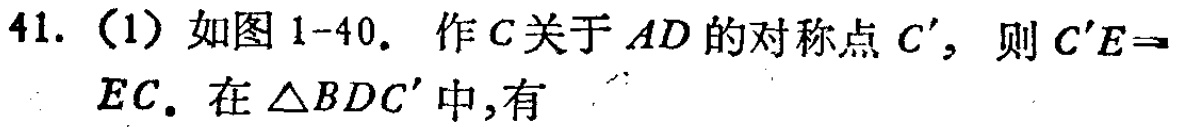
41.（1）如图1-40. 作\(C\)关于\(AD\)的对称点\(C'\)，则\(C'E = EC\). 在\(\triangle BDC'\)中,有